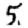
Digit: 5